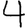
Digit: 4